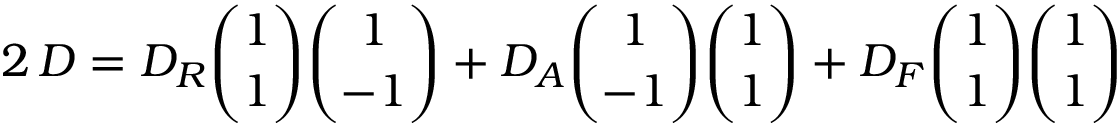
2 \, D = D _ { R } { \binom { 1 } { 1 } } { \binom { 1 } { - 1 } } + D _ { A } { \binom { 1 } { - 1 } } { \binom { 1 } { 1 } } + D _ { F } { \binom { 1 } { 1 } } { \binom { 1 } { 1 } }